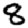
Digit: 8